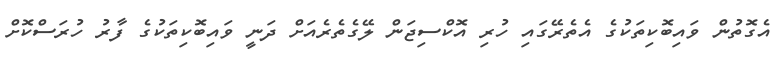
އެގޮތުން ވައިބޮކިތަކުގެ އެތެރޭގައި ހުރި އޮކްސިޖަން ލޭގެތެރެއަށް ދަނީ ވައިބޮކިތަކުގެ ފާރު ހުރަސްކޮށް